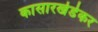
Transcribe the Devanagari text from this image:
कासारखेडेकर